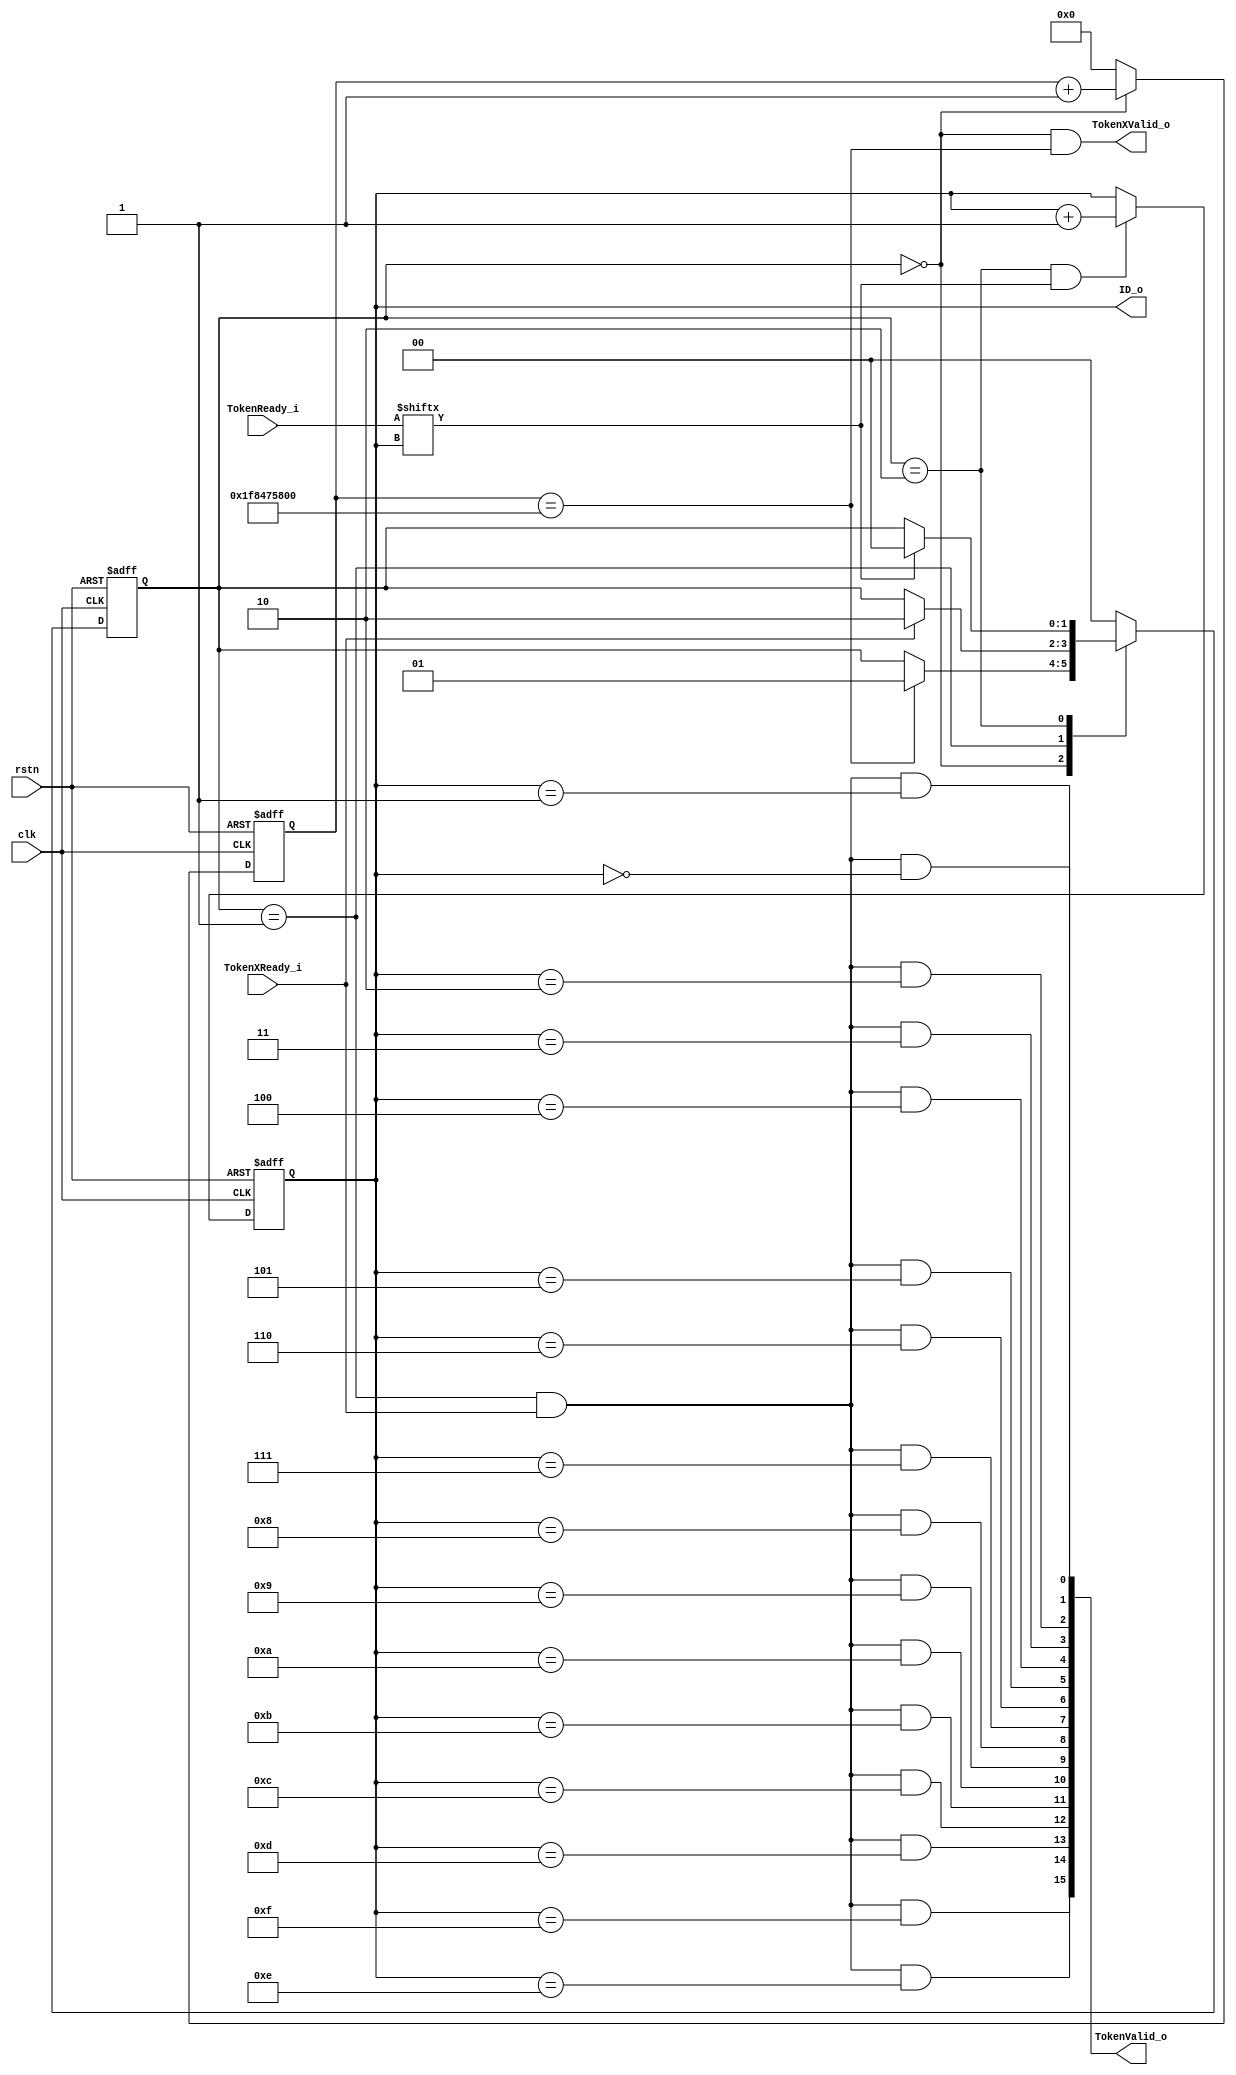
module  AutoBoot (
    input   wire                clk,
    input   wire                rstn,

    input   wire    [15:0]      TokenReady_i,
    output  wire    [15:0]      TokenValid_o,

    input   wire                TokenXReady_i,
    output  wire                TokenXValid_o,

    output  wire    [3:0]       ID_o
);

localparam  IDLE = 2'b00;
localparam  XADC = 2'b01;
localparam  LOGI = 2'b10;

reg [1:0]   StateCr = IDLE;
reg [1:0]   StateNxt;

always@(posedge clk or negedge rstn) begin
    if(~rstn)
        StateCr <=  IDLE;
    else
        StateCr <=  StateNxt; 
end

reg [32:0]  Slack   =   33'b0;

always@(posedge clk or negedge rstn) begin
    if(~rstn)
        Slack   <=  33'b0;
    else if(StateCr ==  IDLE)
        Slack   <=  Slack + 33'b1;
    else
        Slack   <=  33'b0;
end

wire    SlackDone;

assign  SlackDone   =   Slack   ==  33'd60_000_000_000;

wire            ReadySel;
reg     [3:0]   LogicSel    =   4'h0;

always@(posedge clk or negedge rstn) begin
    if(~rstn)
        LogicSel    <=  4'h0;
    else if((StateCr ==  LOGI) & ReadySel)
        LogicSel    <=  LogicSel + 4'h1; 
end

assign  ReadySel    =   TokenReady_i[LogicSel];

always@(*) begin
    case(StateCr)
        IDLE : 
            if(SlackDone)
                StateNxt    =   XADC;
            else
                StateNxt    =   StateCr;
        XADC :
            if(TokenXReady_i)
                StateNxt    =   LOGI;
            else
                StateNxt    =   StateCr;
        LOGI : 
            if(ReadySel)
                StateNxt    =   IDLE;
            else
                StateNxt    =   StateCr;
        default : 
            StateNxt        =   IDLE;
    endcase
end

genvar i;
generate
    for(i = 0;i < 16;i = i + 1) begin : TokenDec
        assign  TokenValid_o[i] =   (StateCr == XADC) & TokenXReady_i & (LogicSel == i);
    end
endgenerate

assign  TokenXValid_o   =   (StateCr == IDLE) & SlackDone;

assign  ID_o    =   LogicSel;


endmodule